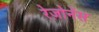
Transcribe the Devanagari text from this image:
रेज़ोनेंस